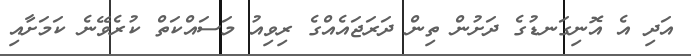
އަދި އެ އޮނިގަނޑުގެ ދަށުން ތިން ދަރަޖައެއްގެ ރިވިއު މަސައްކަތް ކުރެވޭނެ ކަމަށާއި